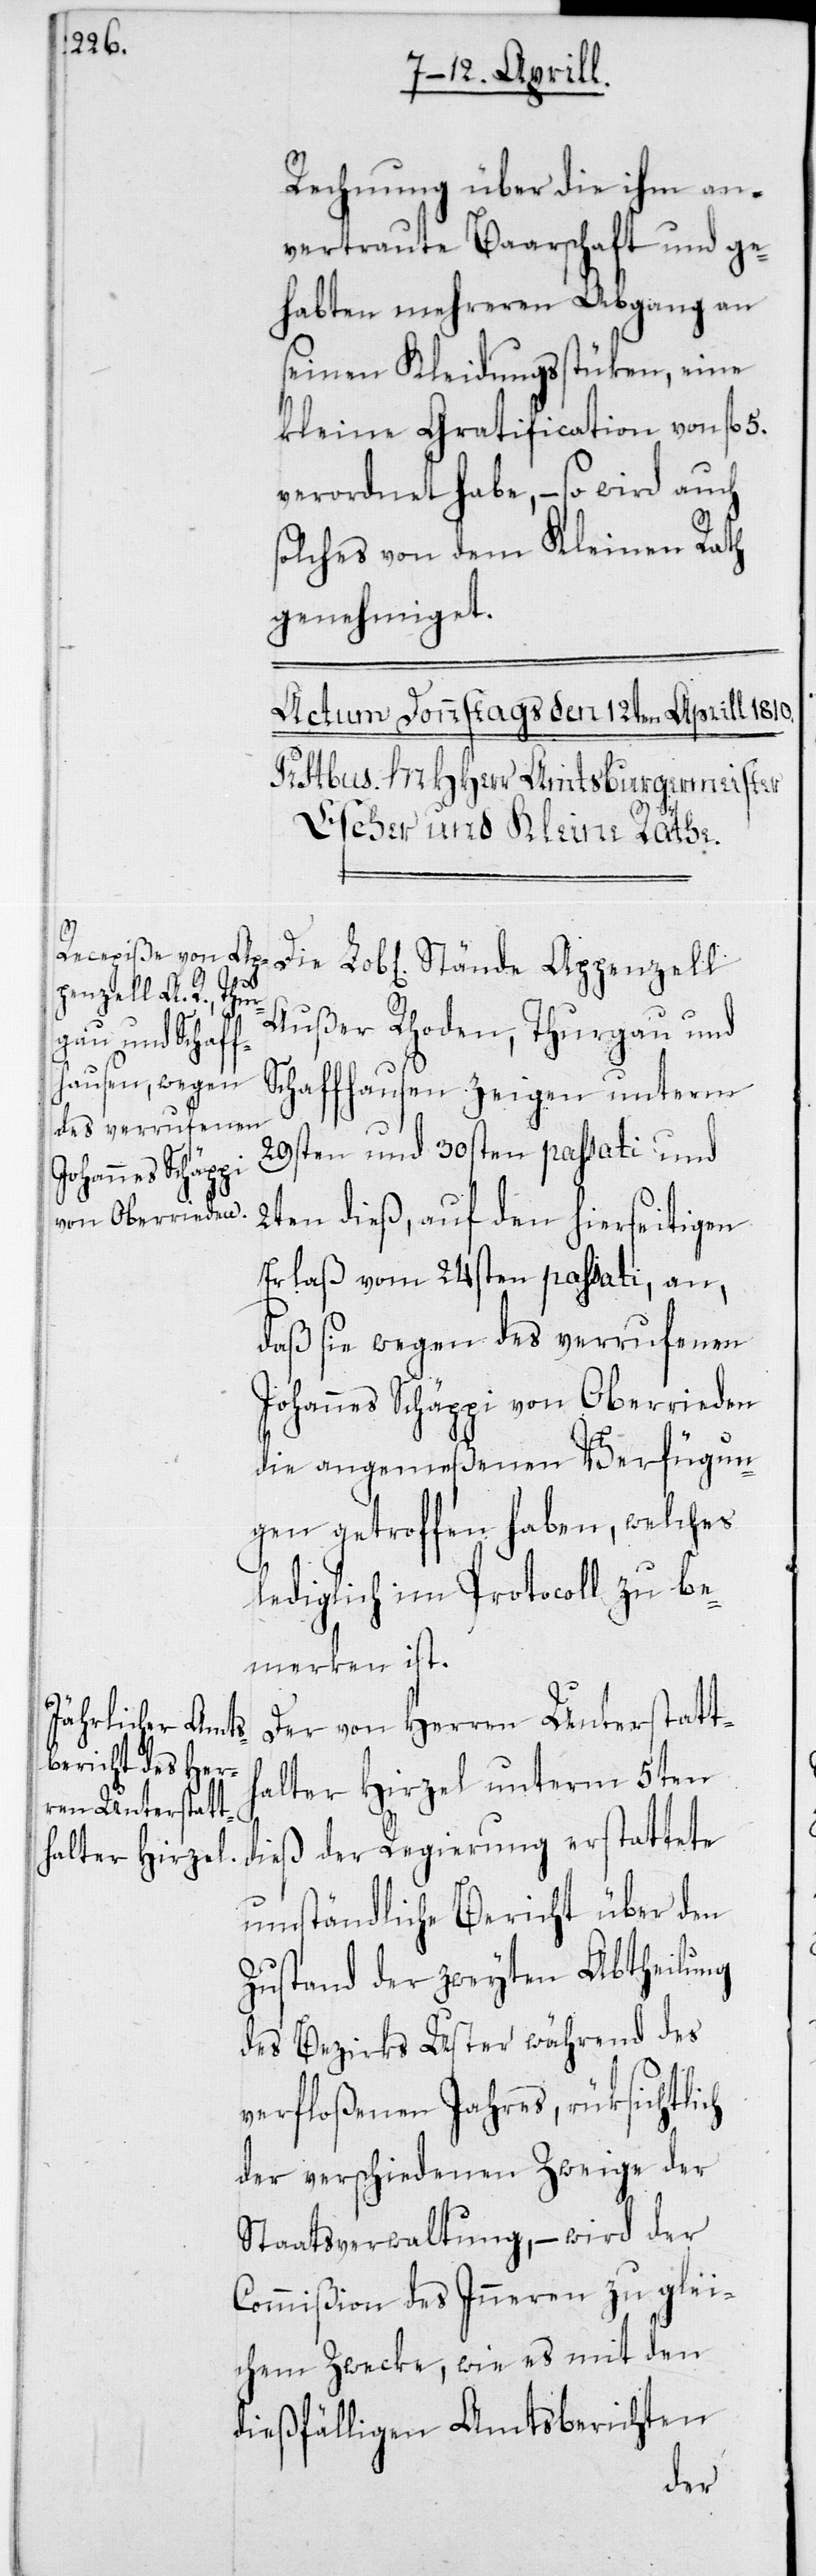
Rechnung über die ihm an¬
vertraute Baarschaft und ge¬
habten mehreren Abgang an
seinen Kleidungsstücken, eine
kleine Gratification von fl. 5.
verordnet habe, – so wird auch
solches von dem Kleinen Rath
genehmiget.
Außer Rhoden, Thurgau und
Schaffhausen zeigen unterm
29sten und 30sten passati und
2ten dieß, auf den hierseitigen
Erlaß vom 24sten passati, an,
daß sie wegen des verrufenen
Johannes Schäppi von Oberrieden
die angemeßenen Verfügun¬
gen getroffen haben, welches
lediglich im Protocoll zu be¬
merken ist.
Der von Herren Unterstatth¬
alter Hirzel unterm 5ten
dieß der Regierung erstattete
umständliche Bericht über den
Zustand der zweyten Abtheilung
des Bezirks Uster während des
verfloßenen Jahres, rüksichtlich
der verschiedenen Zweige der
Staatsverwaltung, – wird der
Commißion des Inneren zu glei¬
chem Zwecke, wie es mit den
dießfälligen Amtsberichten